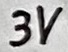
Text: 3V